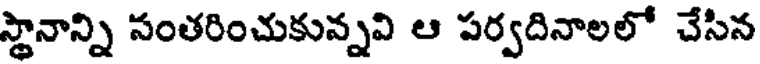
స్థానాన్ని సంతరించుకున్నవి ఆ పర్వదినాలలో చేసిన